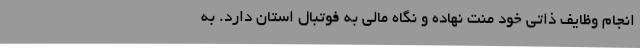
انجام وظایف ذاتی خود منت نهاده و نگاه مالی به فوتبال استان دارد. به